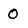
Character: 0